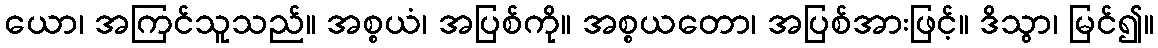
ယော၊ အကြင်သူသည်။ အစ္စယံ၊ အပြစ်ကို။ အစ္စယတော၊ အပြစ်အားဖြင့်။ ဒိသွာ၊ မြင်၍။